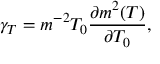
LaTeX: \gamma _ { T } = m ^ { - 2 } T _ { 0 } \frac { \partial m ^ { 2 } ( T ) } { \partial T _ { 0 } } ,